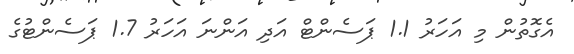
އެގޮތުން މި އަހަރު 1.1 ޕަސެންޓް އަދި އަންނަ އަހަރު 1.7 ޕަސެންޓުގެ